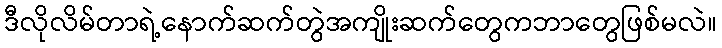
ဒီလိုလိမ်တာရဲ့နောက်ဆက်တွဲအကျိုးဆက်တွေကဘာတွေဖြစ်မလဲ။